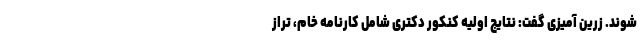
شوند. زرین آمیزی گفت: نتایج اولیه کنکور دکتری شامل کارنامه خام، تراز